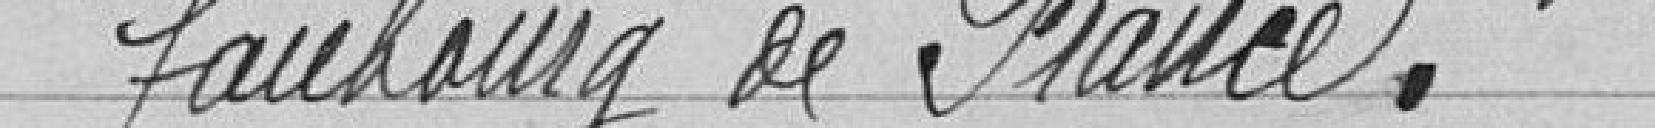
faubourg de France.